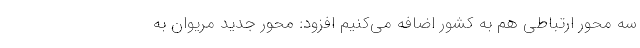
سه محور ارتباطی هم به کشور اضافه می‌کنیم افزود: محور جدید مریوان به